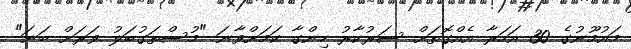
މައުމޫނުގެ 30 އަހަރާ އެއްގޮތަށް ސަރުކާރު ހިންގާ ކަމަށްވާނަ "މުސްތަގުބަލު ވަރަށް ބަނަ"